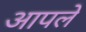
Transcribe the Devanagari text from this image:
अापले